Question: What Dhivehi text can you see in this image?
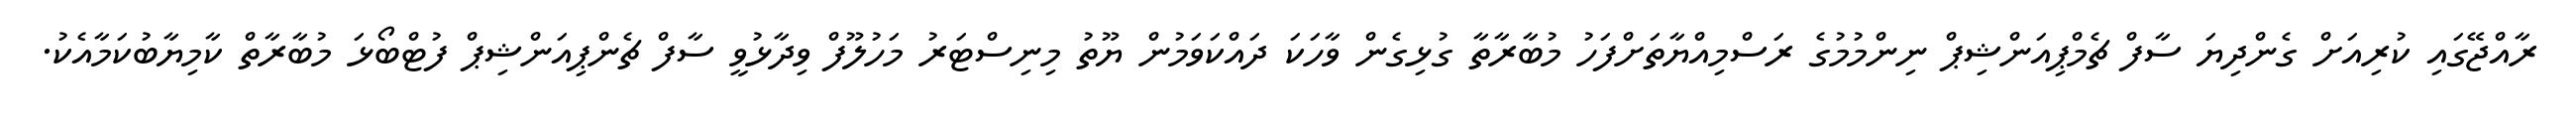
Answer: ރާއްޖޭގައި ކުރިއަށް ގެންދިޔަ ސާފް ޗެމްޕިއަންޝިޕް ނިންމުމުގެ ރަސްމިއްޔާތަށްފަހު މުބާރާތާ ގުޅިގެން ވާހަކަ ދައްކަވަމުން ޔޫތު މިނިސްޓަރު މަހުލޫފް ވިދާޅުވީ ސާފް ޗެންޕިއަންޝިޕް ފުޓްބޯޅަ މުބާރާތް ކާމިޔާބުކަމާއެކު.